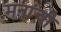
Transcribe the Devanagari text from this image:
मनांची